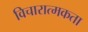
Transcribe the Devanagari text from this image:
विचारात्मकता